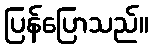
ပြန်ပြောသည်။